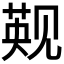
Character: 𬢑